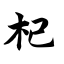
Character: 杞